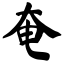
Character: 奄